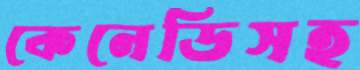
কেনেডিসহ